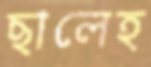
ছালেহ